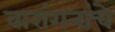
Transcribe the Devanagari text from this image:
वारांगनांचे